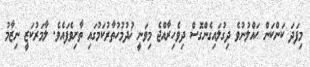
މިފަދަ ކަންކަން ޙައްލުނުވެ ދިގުލައިގެންގޮސް ދިވެހިރާއްޖެ މިވަނީ ޚުދުމުހުތާރުކަމުގައި ތާށިވެފައެވެ. ލާމަރުކަޒީ ނިޒާމު